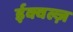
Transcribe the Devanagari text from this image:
ईक्वल्ज़